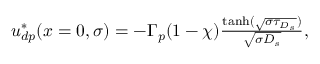
\begin{array} { r } { u _ { d p } ^ { \ast } ( x = 0 , \sigma ) = - \Gamma _ { p } ( 1 - \chi ) \frac { \operatorname { t a n h } ( \sqrt { \sigma \tau _ { D _ { s } } } ) } { \sqrt { \sigma D _ { s } } } , } \end{array}